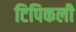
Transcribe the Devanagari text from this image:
टिपिकली